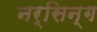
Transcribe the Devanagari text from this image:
नर्सिन्ग